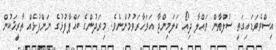
އިސްވެވަޑައިގަތީ ސުލްޠާން ވައްލާ ދިއޯ ކަލަމިންޖާ އަވަހާރަވުމުންނެވެ. މިރަދުންގެ ބައްޕާފުޅުގެ ނަންފުޅެއް ތާރީޚަކުން